Vao_vallavalitsus, lk 12
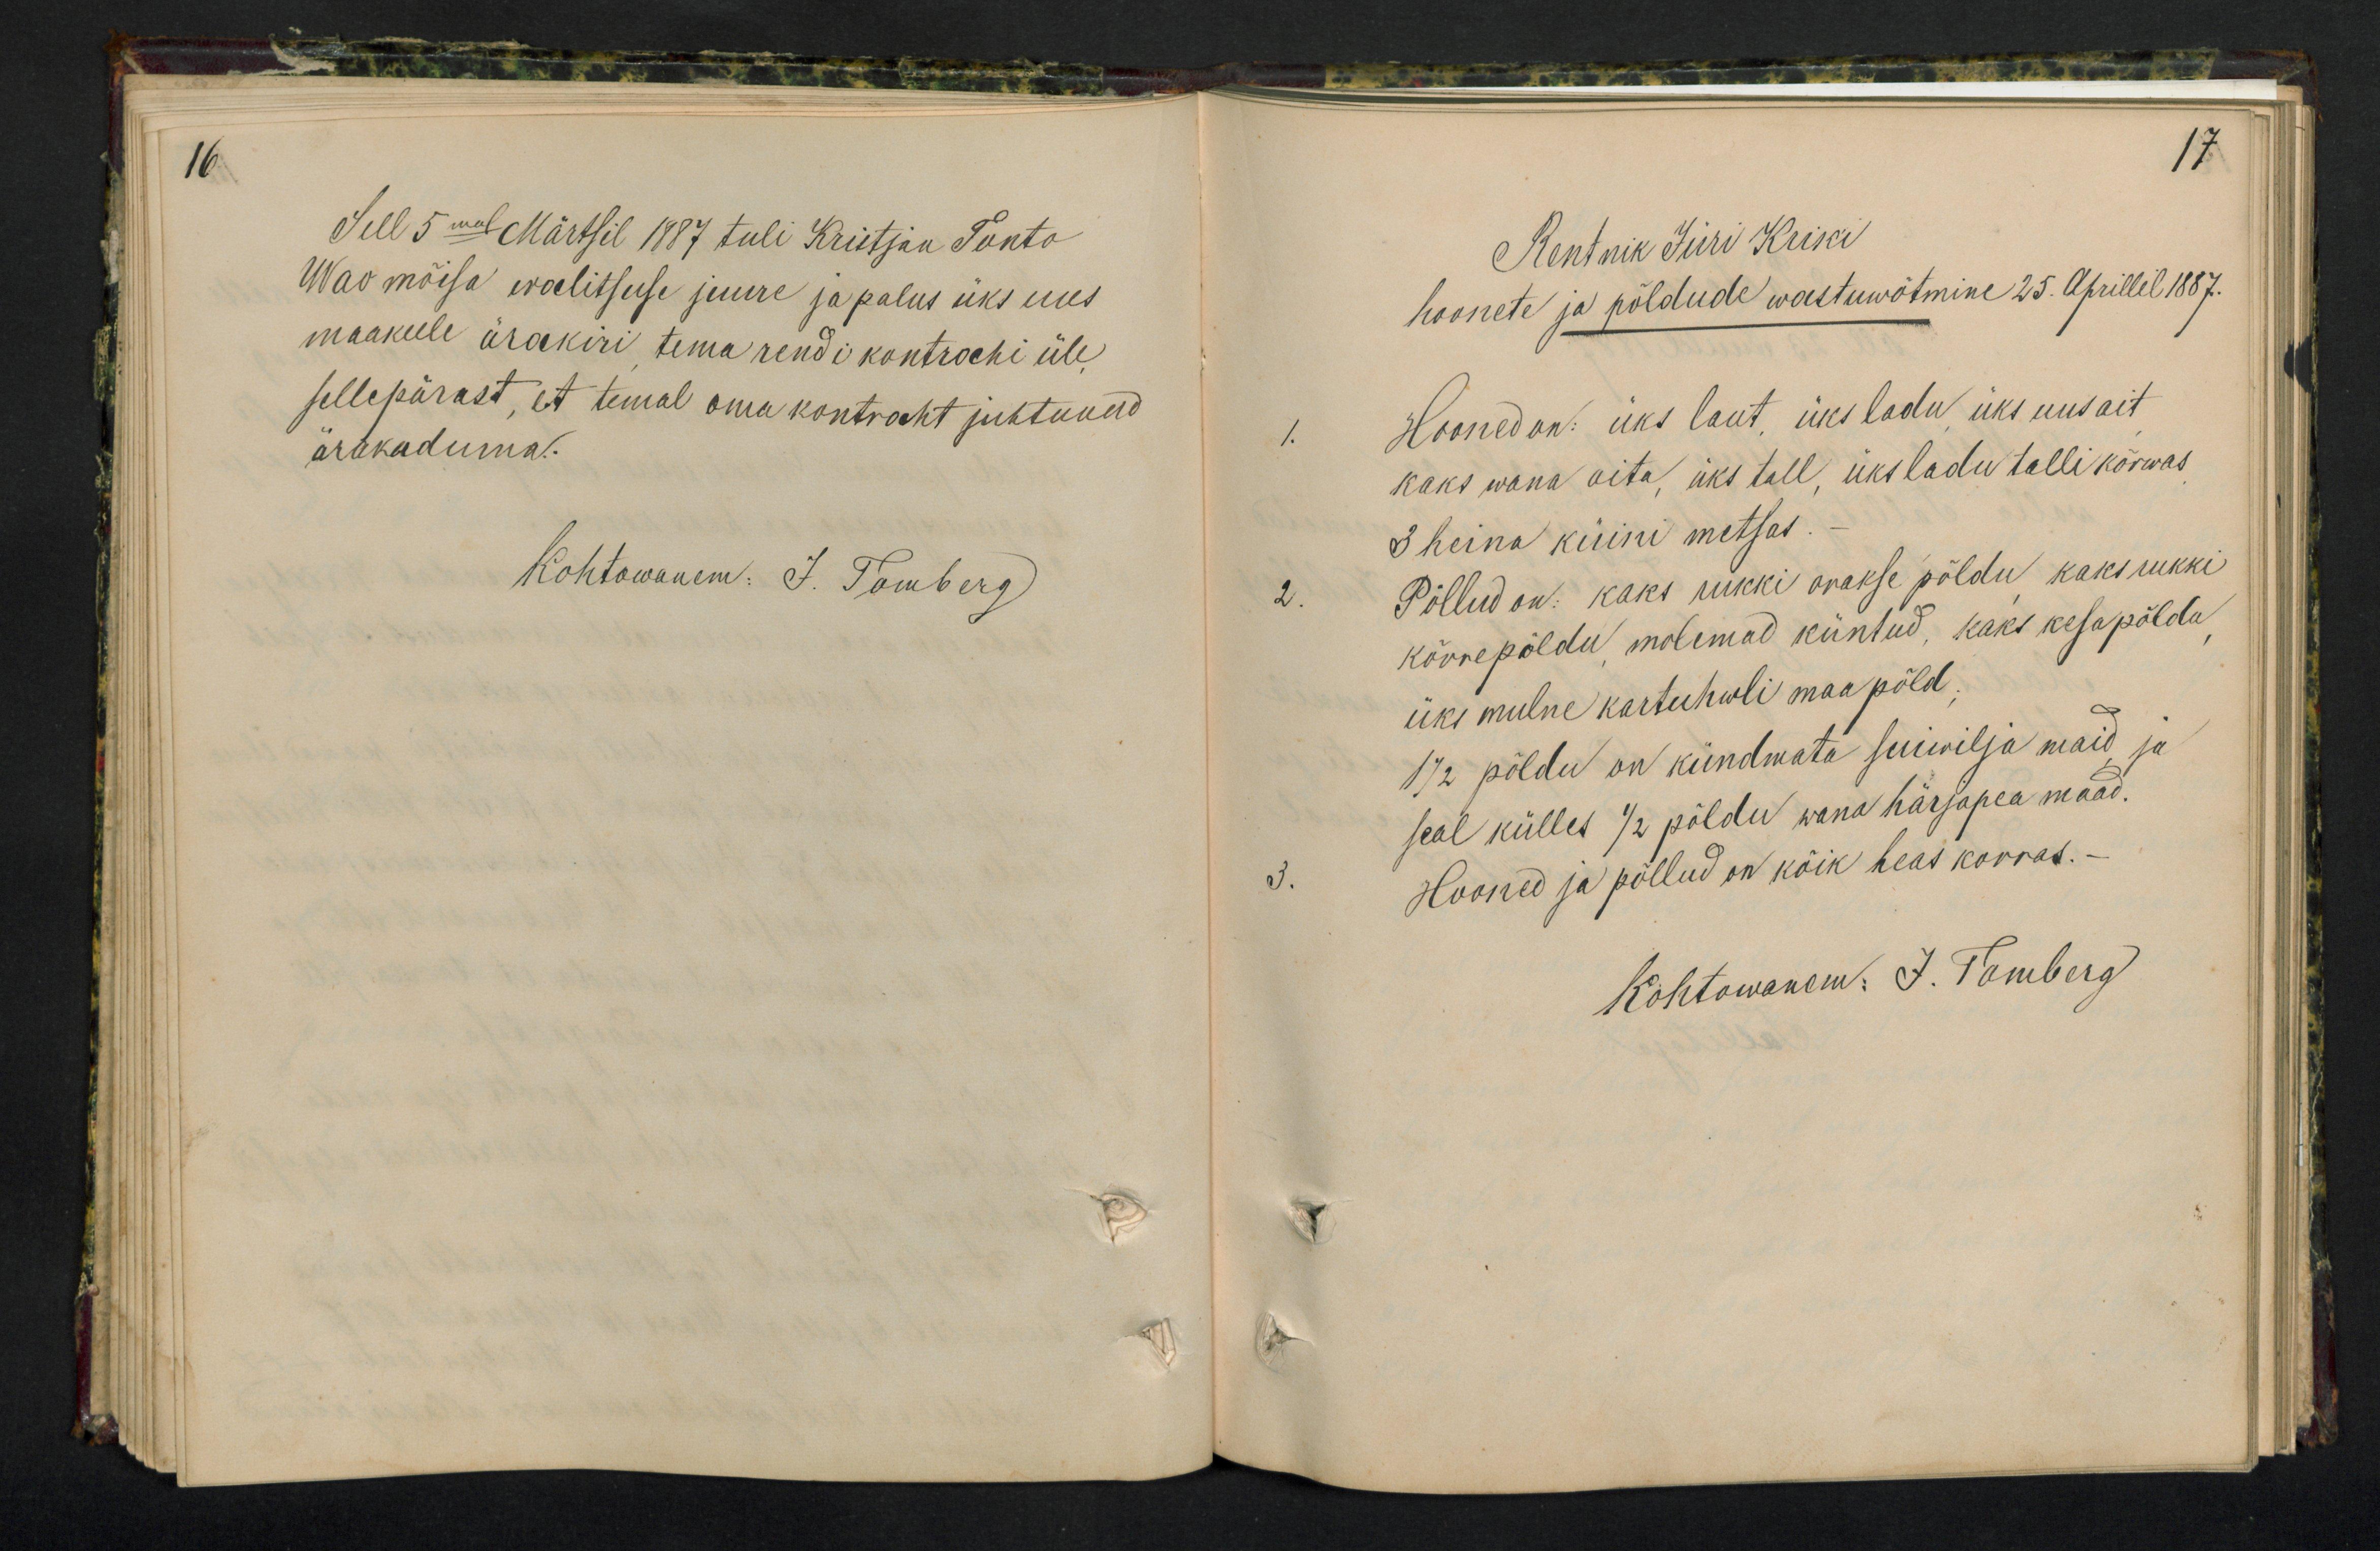
16.

Sell 5mal Märtsil 1887 tuli Kristjan Tonto
Wao mõisa walitsuse juure ja palus üks uus
maakeele ärakiri tema rendi kontrahi üle
sellepärast, et temal oma kontraht juhtunud
ärakaduma.
Kohtowanem. J. Tomberg

17.
Rentnik Jüri Kriki
hoonete ja põldude wastuwõtmine 25. Aprillil 1887.
Hooned on: üks laut üks ladu üks uus ait,
kaks wana aita, üks tall, üks ladu talli kõrwas
3 heina küini metsas.
Põllud on: kaks rukki orakse põldu kaks rukki
kõrrepõldu mõlemad küntud, kaks kesapõlda
üks mulne kartuhwli maa põld.
1/2 põldu on kündmata suiwilja maid, ja
seal külles 1/2 põldu wana härjapea maad.
Hooned ja põllud on kõik heas korras.
Kohtowanem: J. Tamberg